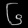
Digit: ၆